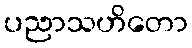
ပညာသဟိတော